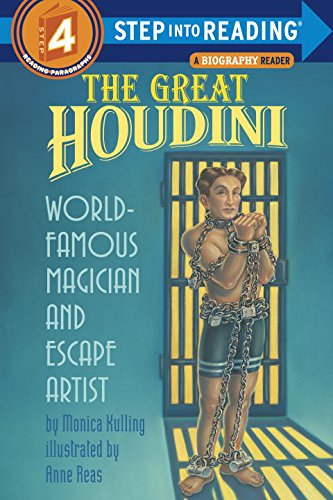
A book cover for The Great Houdini (Step-Into-Reading, Step 4); Monica Kulling; Children's Books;